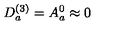
D _ { a } ^ { ( 3 ) } = A _ { a } ^ { 0 } \approx 0